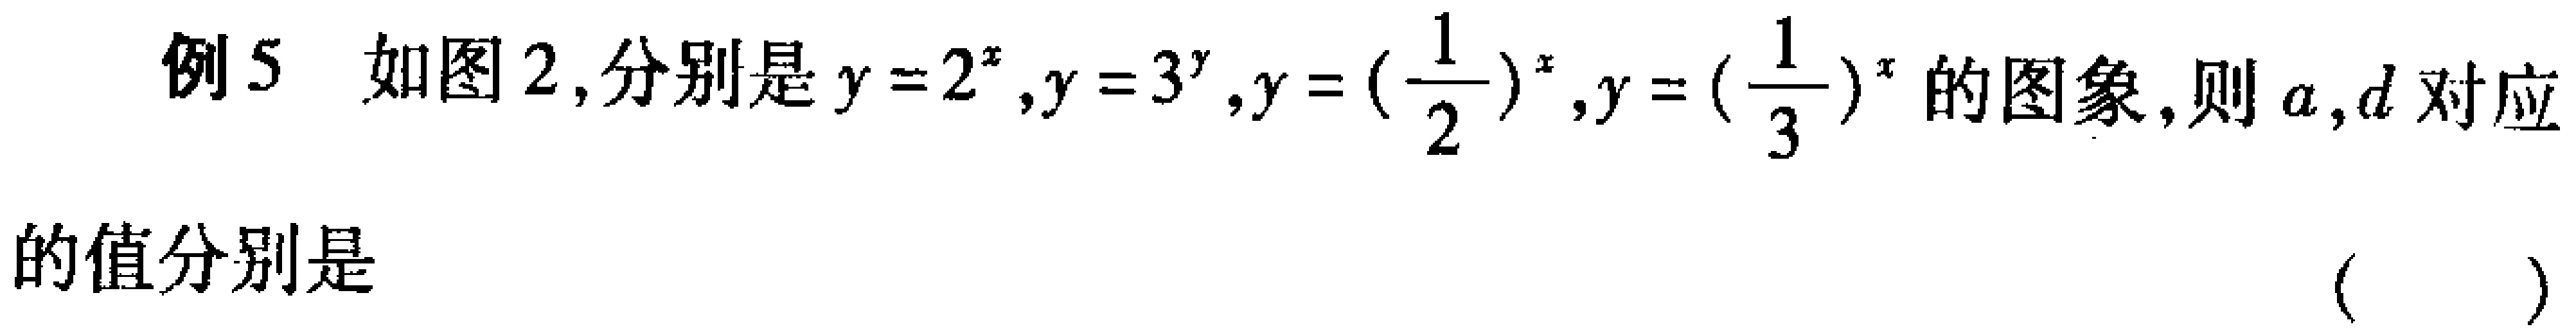
例5 如图2,分别是$y = 2^{x},y = 3^{y},y = (\frac{1}{2})^{x},y = (\frac{1}{3})^{x}$的图象,则$a,d$对应的的值分别是 （  ）